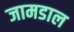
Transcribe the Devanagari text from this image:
जामडाल